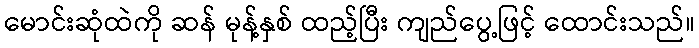
မောင်းဆုံထဲကို ဆန် မုန့်နှစ် ထည့်ပြီး ကျည်ပွေ့ဖြင့် ထောင်းသည်။